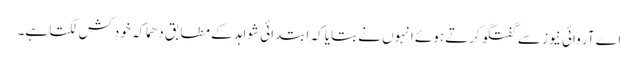
اے آر وائی نیوز سے گفتگو کرتے ہوئے انہوں نے بتایا کہ ابتدائی شواہد کے مطابق دھماکہ خودکش لگتا ہے۔